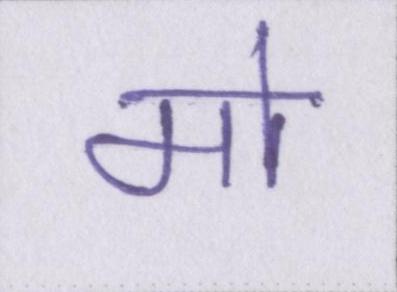
मो